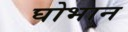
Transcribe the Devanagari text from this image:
घोभान